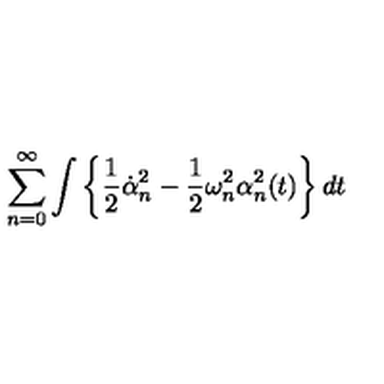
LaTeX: \sum _ { n = 0 } ^ { \infty } \int \left\{ \frac 1 2 \dot { \alpha } _ { n } ^ { 2 } - \frac 1 2 \omega _ { n } ^ { 2 } \alpha _ { n } ^ { 2 } ( t ) \right\} d t